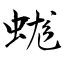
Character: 蛖